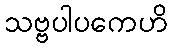
သဗ္ဗပါပကေဟိ